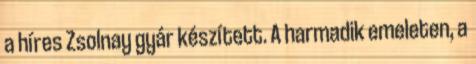
a híres Zsolnay gyár készített. A harmadik emeleten, a